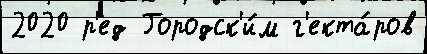
2020 р'ед Городск'и́м г'екта́ров